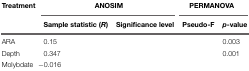
<table><thead><tr><td><b>Treatment</b></td><td colspan="2"><b>ANOSIM</b></td><td colspan="2"><b>PERMANOVA</b></td></tr><tr><td>[EMPTY_CELL]</td><td><b>Sample statistic (<i>R</i>)</b></td><td><b>Significance level</b></td><td><b>Pseudo-F</b></td><td><b><i>p</i>-value</b></td></tr></thead><tbody><tr><td>ARA</td><td>0.15</td><td>[EMPTY_CELL]</td><td>[EMPTY_CELL]</td><td>0.003</td></tr><tr><td>Depth</td><td>0.347</td><td>[EMPTY_CELL]</td><td>[EMPTY_CELL]</td><td>0.001</td></tr><tr><td>Molybdate</td><td>-0.016</td><td>[EMPTY_CELL]</td><td>[EMPTY_CELL]</td><td>[EMPTY_CELL]</td></tr></tbody></table>